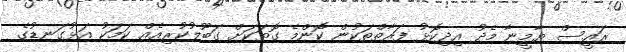
ރައީސް ޔާމީނާ މެދު އިދިކޮޅު ފަރާތްތަކުން ކޮންމެ ގޮތަކަށް ގަބޫލުކުރިއެއް ކަމަކު އަޅުގަނޑުގެ